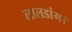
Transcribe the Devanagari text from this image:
लालडांग।